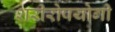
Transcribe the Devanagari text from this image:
शरीरोपयोगी